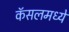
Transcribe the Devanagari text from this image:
कॅसलमध्ये